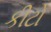
કીટો